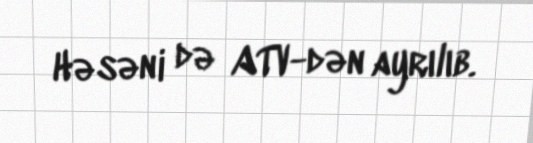
Həsəni də ATV-dən ayrılıb.